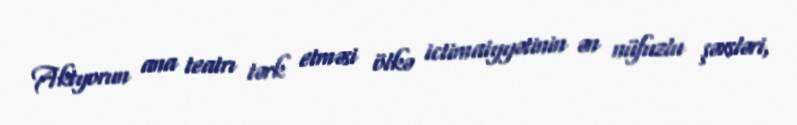
Aktyorun ana teatrı tərk etməsi ölkə ictimaiyyətinin ən nüfuzlu şəxsləri,